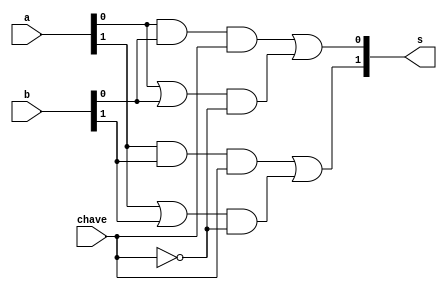
// ------------------------- 
// Exemplo0032 - F4
// Nome: Roger Rubens Machado
// -------------------------	 
// f4_gate 
	
	module f4 (output [1:0] s, input [1:0] a, input [1:0] b, input chave); 
		// descrever por portas
		wire [1:0] saida_and;
		wire [1:0] saida_or;
		wire [3:0] saida;
		wire saida_not;
		
		and AND1(saida_and[0], a[0], b[0]);
	   and AND2(saida_and[1], a[1], b[1]);	
		or OR1(saida_or[0], a[0], b[0]);
	   or OR2(saida_or[1], a[1], b[1]);	
		and AND3(saida[0], saida_and[0], chave);
	   and AND4(saida[1], saida_and[1], chave);	
		not NOT1(saida_not, chave);	
		and AND5(saida[2], saida_or[0], saida_not);
	   and AND6(saida[3], saida_or[1], saida_not);	
		or OR5(s[0], saida[0], saida[2]);
	   or OR6(s[1], saida[1], saida[3]);
	
	endmodule // f4
	
	module test_f4; 
		// --Definir dados 
		reg [1:0] x; 
		reg [1:0] y;
		reg c;
		wire [1:0] s; 
 
	f4 modulo (s, x, y, c);
	
	// --Parte principal 
	initial begin 
		$display("Exemplo0032 - Roger Rubens Machado - 430533"); 
		$display("Test LU's module"); 
		$display("Legenda da chave: O-OR 1-AND \n");
		
       #1 x = 2'b01; y = 2'b10; c = 0;
		 $monitor("Resultado Chave = %1b\n x = %2b \t y = %2b \t Resultado -> %2b\n", c, x, y, s);
		 #1 x = 2'b01; y = 2'b10; c = 1;		
		 #1 x = 2'b11; y = 2'b00; c = 0;
		 #1 x = 2'b11; y = 2'b00; c = 1;		
		 #1 x = 2'b10; y = 2'b10; c = 0;
		 #1 x = 2'b10; y = 2'b10; c = 1;		 
		 #1 x = 2'b01; y = 2'b00; c = 0;
		 #1 x = 2'b01; y = 2'b00; c = 1;
	end 
	endmodule // test_f4